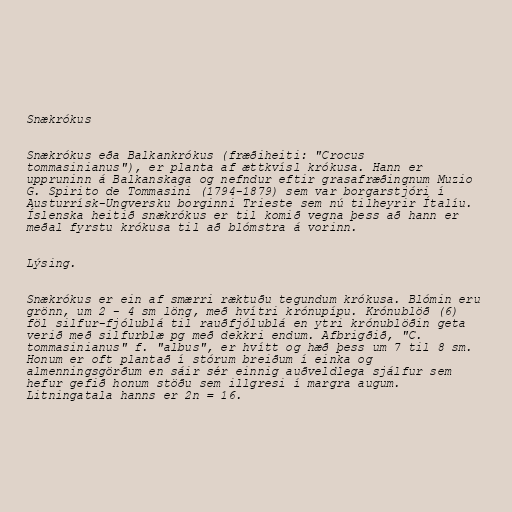
Snækrókus

Snækrókus eða Balkankrókus (fræðiheiti: "Crocus
tommasinianus"), er planta af ættkvísl krókusa. Hann er
uppruninn á Balkanskaga og nefndur eftir grasafræðingnum Muzio
G. Spirito de Tommasini (1794-1879) sem var borgarstjóri í
Austurrísk-Ungversku borginni Trieste sem nú tilheyrir Ítalíu.
Íslenska heitið snækrókus er til komið vegna þess að hann er
meðal fyrstu krókusa til að blómstra á vorinn.

Lýsing.

Snækrókus er ein af smærri ræktuðu tegundum krókusa. Blómin eru
grönn, um 2 - 4 sm löng, með hvítri krónupípu. Krónublöð (6)
föl silfur-fjólublá til rauðfjólublá en ytri krónublöðin geta
verið með silfurblæ pg með dekkri endum. Afbrigðið, "C.
tommasinianus" f. "albus", er hvítt og hæð þess um 7 til 8 sm.
Honum er oft plantað í stórum breiðum í einka og
almenningsgörðum en sáir sér einnig auðveldlega sjálfur sem
hefur gefið honum stöðu sem illgresi í margra augum.
Litningatala hanns er 2n = 16.